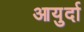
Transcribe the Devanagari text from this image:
आयुर्दा